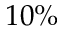
1 0 \%